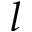
l